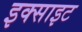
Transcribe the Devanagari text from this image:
इक्साइट